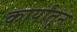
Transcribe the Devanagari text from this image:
कार्यांतून